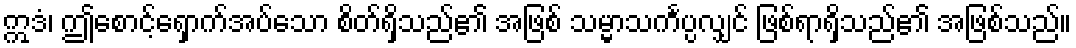
ဣဒံ၊ ဤစောင့်ရှောက်အပ်သော စိတ်ရှိသည်၏ အဖြစ် သမ္မာသင်္ကပ္ပလျှင် ဖြစ်ရာရှိသည်၏ အဖြစ်သည်။